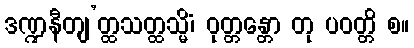
ဒဏ္ဍနီတျ’တ္ထသတ္ထသ္မိံ၊ ဝုတ္တန္တော တု ပဝတ္တိ စ။